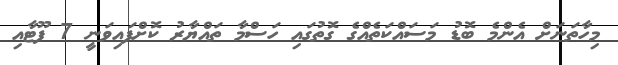
މިހާތަނަށް އެންމެ ބޮޑު މަސައްކަތެއްގެ ގޮތުގައި ހަސްމާ ތައްޔާރު ކޮށްފައިވަނީ 7 ފޫޓާއި